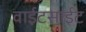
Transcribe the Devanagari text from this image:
वाईटसाईट